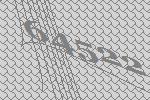
64522